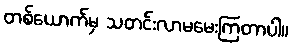
တစ်ယောက်မှ သတင်းလာမမေးကြတာပါ။